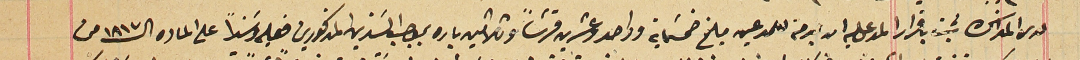
لدى المذاكرة ثبت باقرارا المدعى عليه انه بذمته للمدعين مبلغ خمسَماية وواحد وعشرين قرشاً وثلاثين باره بموجب السَندين المذكورين فعليه وسَنداً على الماده الـ١٨١٧ من